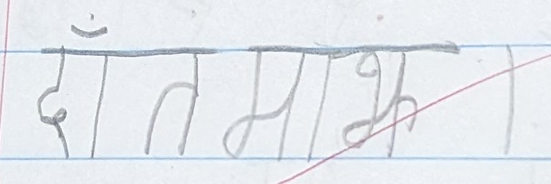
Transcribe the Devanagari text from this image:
दँतमाझ।